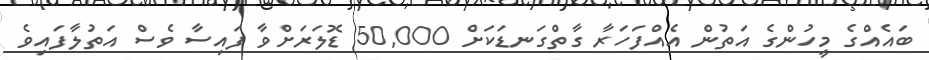
ބައެއްގެ މީހުންގެ އަތުން އެއްފަހަރާ ގާތްގަނޑަކަށް 50